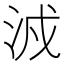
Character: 㳚